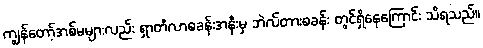
ကျွန်တော့်အစ်မများလည်း ရှာတီလာစခန်းအနီးမှ ဘဲလ်တားစခန်း တွင်ရှိနေကြောင်း သိရသည်။